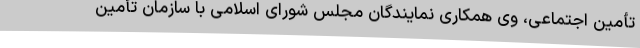
تأمین اجتماعی، وی همکاری نمایندگان مجلس شورای اسلامی با سازمان تأمین